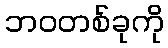
ဘဝတစ်ခုကို